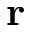
\mathbf { r }